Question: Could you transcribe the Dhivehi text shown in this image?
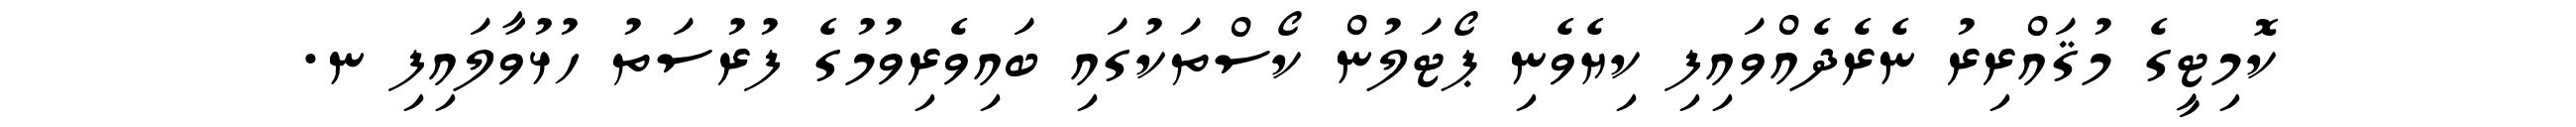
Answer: ކޮމިޓީގެ މުޤައްރިރު ނެރެދެއްވައިފި ކިޔެވެނި ޕޯޓަލުން ކޯސްތަކުގައި ބައިވެރިވުމުގެ ފުރުސަތު ހުޅުވާލައިފި ނ.